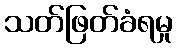
သတ်ဖြတ်ခံရမှု